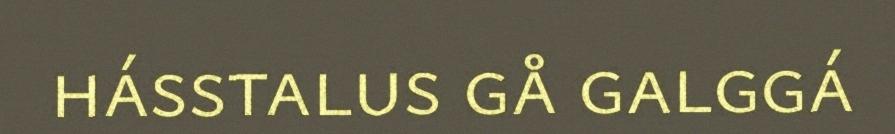
hásstalus gå galggá